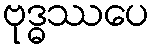
ဗုဒ္ဓဿပေ